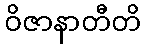
ဝိဇာနာတီတိ